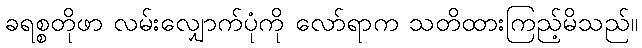
ခရစ္စတိုဖာ လမ်းလျှောက်ပုံကို လော်ရာက သတိထားကြည့်မိသည်။